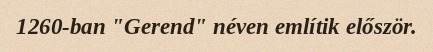
1260-ban "Gerend" néven említik először.